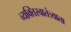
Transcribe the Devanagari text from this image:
व्यक्तिस्वातंत्र्याला